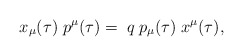
\begin{align*}x_{\mu}(\tau)\; p^{\mu}(\tau) = \;q\; p_{\mu}(\tau)\; x^{\mu}(\tau),\end{align*}